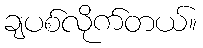
ချပစ်လိုက်တယ်။